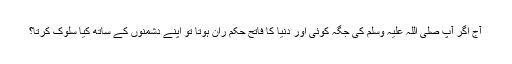
آج اَگر آپ صلی اللہ علیہ وَسلم کی جگہ کوئی اور دُنیا کا فاتح حکم ران ہوتا تو اَپنے دُشمنوں کے ساتھ کیا سلوک کرتا؟